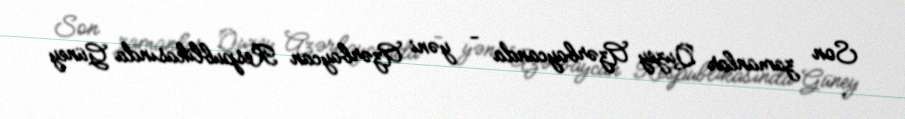
Son zamanlar Quzey Azərbaycanda - yəni Azərbaycan Respublikasında Güney